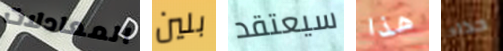
المعادلات بلين سيعتقد هذا حذاء